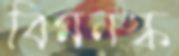
বিমনস্ক